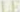
LE